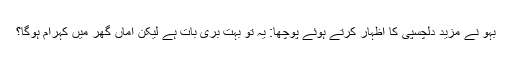
بہو نے مزید دلچسپی کا اظہار کرتے ہوئے پوچھا: یہ تو بہت بری بات ہے لیکن اماں گھر میں کہرام ہوگا؟